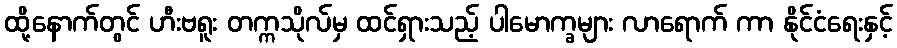
ထို့နောက်တွင် ဟီးဗရူး တက္ကသိုလ်မှ ထင်ရှားသည့် ပါမောက္ခများ လာရောက် ကာ နိုင်ငံရေးနှင့်